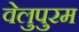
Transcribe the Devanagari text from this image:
वेलुपुरम